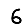
Digit: 6